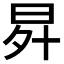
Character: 𭥧